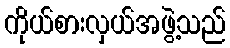
ကိုယ်စားလှယ်အဖွဲ့သည်